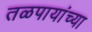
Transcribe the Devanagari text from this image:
तळपायांच्या